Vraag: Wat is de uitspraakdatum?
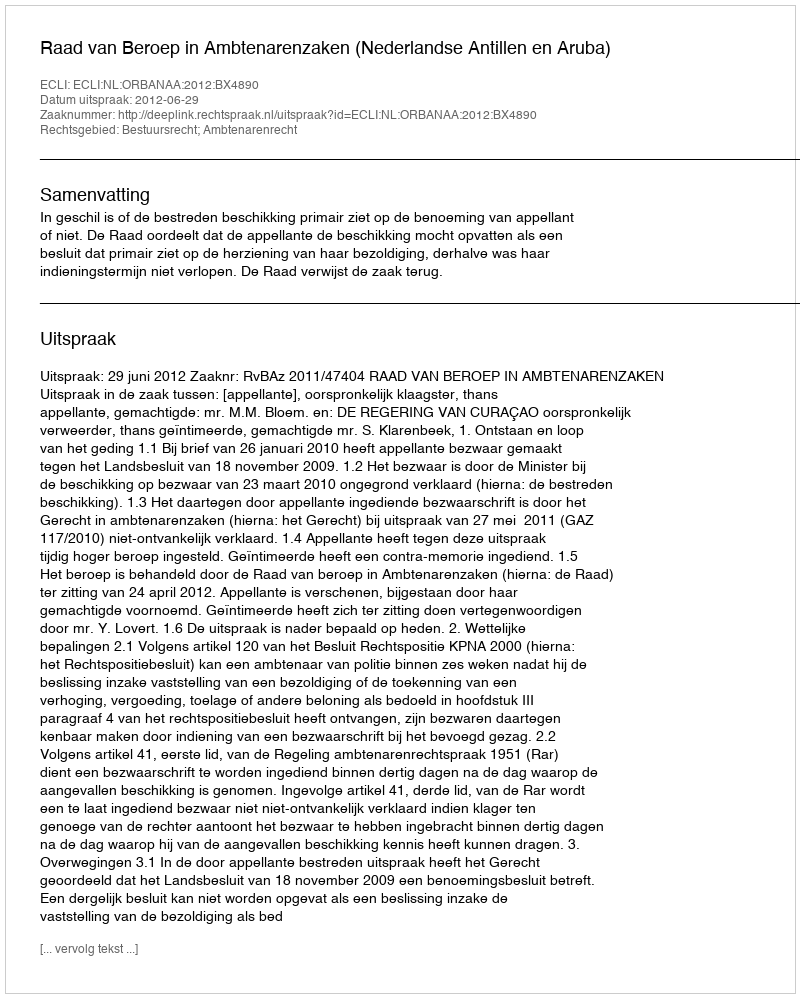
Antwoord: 2012-06-29